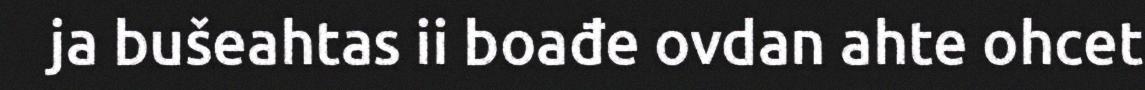
ja bušeahtas ii boađe ovdan ahte ohcet